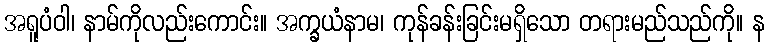
အရူပံဝါ၊ နာမ်ကိုလည်းကောင်း။ အက္ခယံနာမ၊ ကုန်ခန်းခြင်းမရှိသော တရားမည်သည်ကို။ န